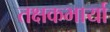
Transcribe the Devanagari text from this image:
तक्षकभार्या